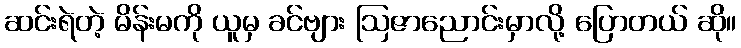
ဆင်းရဲတဲ့ မိန်းမကို ယူမှ ခင်ဗျား ဩဇာညောင်းမှာလို့ ပြောတယ် ဆို။